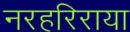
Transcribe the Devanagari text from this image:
नरहरिराया